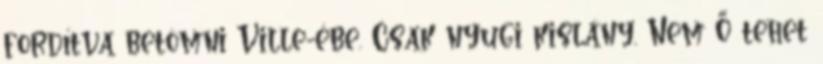
fordítva betömni Ville-ébe. Csak nyugi kislány. Nem Ő tehet